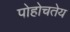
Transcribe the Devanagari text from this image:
पोहोचतेय